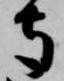
寺